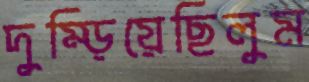
দুম্‌ড়িয়েছিলুম